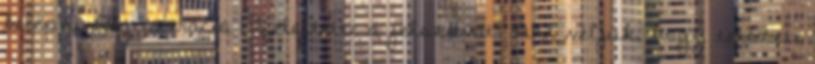
belépni: Regisztráció Elfelejtette a jelszavát? Azt véljük, hogy tetszett